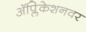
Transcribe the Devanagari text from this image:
अॅप्लिकेशनवर